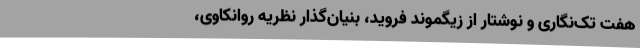
هفت تک‌نگاری و نوشتار از زیگموند فروید، بنیان‌گذار نظریه‌ روانکاوی،